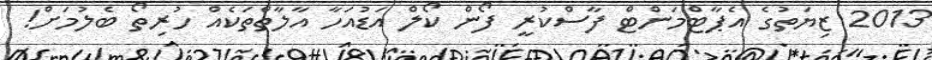
2013 ޒިޔަތުގެ އެޕާޓްމަންޓް ފާސްކުރީ ފޯން ކޯލް އަޑުއަހާ އާލާތްތަކެއް ހުރިތޯ ބެލުމަށް!